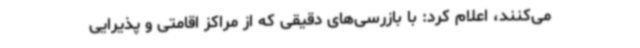
می‌کنند، اعلام کرد: با بازرسی‌های دقیقی که از مراکز اقامتی و پذیرایی